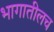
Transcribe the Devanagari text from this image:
भागातीलच